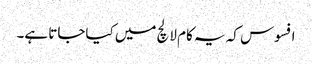
افسوس کہ یہ کام لالچ میں کیاجاتا ہے۔